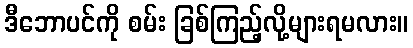
ဒီဘောပင်ကို စမ်း ခြစ်ကြည့်လို့များရမလား။